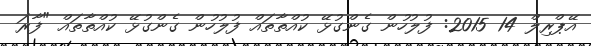
އޭޕްރިލް 14 2015: ފުލުހުން ގެންގުޅޭ ކުއްތާތައް ފުލުހުން ގެންގުޅޭ ކުއްތާތައް "ފާރަ